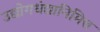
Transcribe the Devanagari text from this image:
उद्योगधंद्यानिमित्त